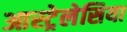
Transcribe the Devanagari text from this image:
आस्ट्रेलेसिया